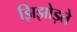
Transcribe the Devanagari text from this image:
झिझोड़ते